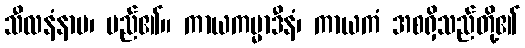
သီလနံနာမ၊ မည်၏။ ကာယကမ္မာဒီနံ၊ ကာယကံ အစရှိသည်တို့၏